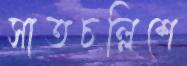
সাতচল্লিশে